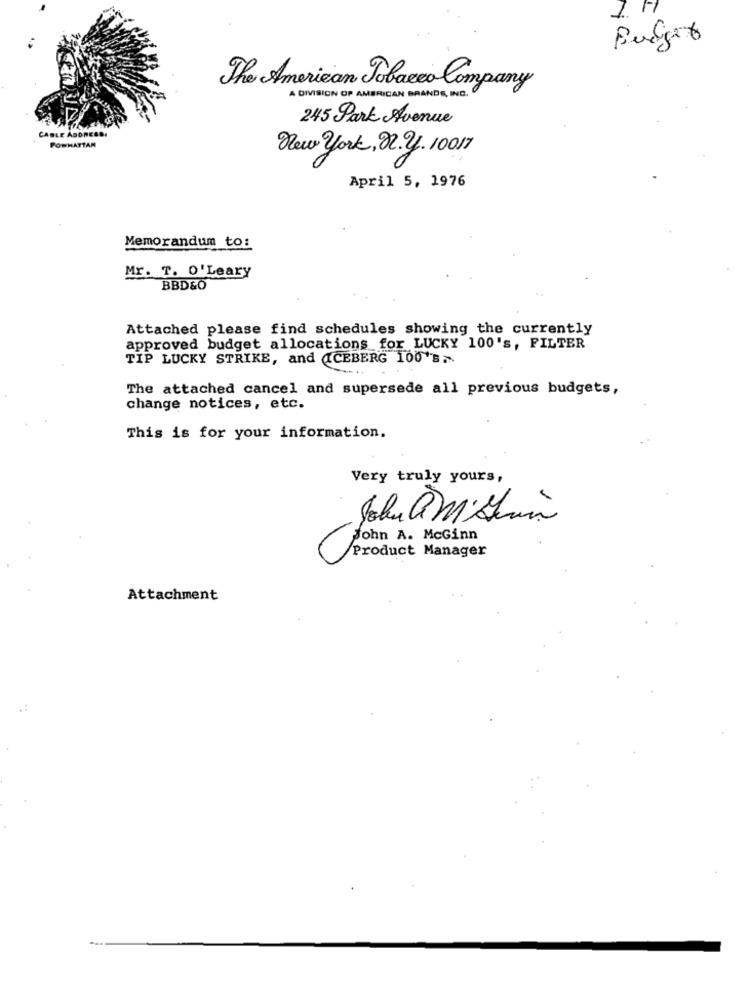
1. 1
Budget
The American Tobacco Company
A DIVISION OF AMERICAN BRANDS, INC.
245 Park Avenue
CABLE ADDRESS
POWHATTAM
New york, n.y. 10017
April 5, 1976
Memorandum to:
Mr. T. O'Leary
BBD&O
Attached please find schedules showing the currently
approved budget allocations for LUCKY 100's, FILTER
TIP LUCKY STRIKE, and ICEBERG 100's>
The attached cancel and supersede all previous budgets,
change notices, etc.
This is for your information.
Very truly yours,
John @Mi Sein
john A. McGinn
Product Manager
Attachment